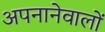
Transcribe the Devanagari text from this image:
अपनानेवालों